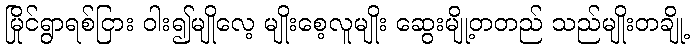
မြိုင်ရွာရစ်ငြား ဝါး၍မျိုလေ့ မျိုးစေ့လူမျိုး ဆွေးမျို့တတည် သည်မျိုးတချို့